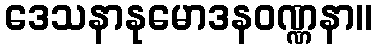
ဒေသနာနုမောဒနဝဏ္ဏနာ။